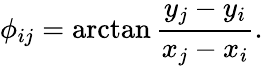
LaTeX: \phi_{ij}=\arctan\frac{y_{j}-y_{i}}{x_{j}-x_{i}}.